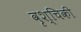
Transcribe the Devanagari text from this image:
वृश्चिकी